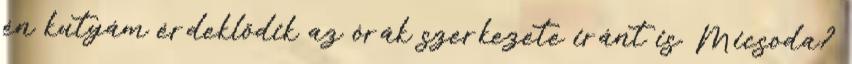
én kutyám érdeklődik az órák szerkezete iránt is. Micsoda?